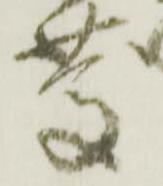
慶